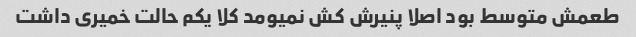
طعمش متوسط بود اصلا پنیرش کش نمیومد کلا یکم حالت خمیری داشت